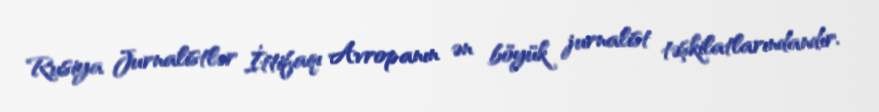
Rusiya Jurnalistlər İttifaqı Avropanın ən böyük jurnalist təşkilatlarındandır.